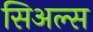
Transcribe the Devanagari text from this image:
सिअल्स